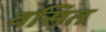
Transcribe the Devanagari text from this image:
वसित